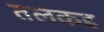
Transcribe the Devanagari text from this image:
तलकड